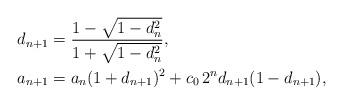
LaTeX: \begin{align*}d_{n+1} &= \frac{1-\sqrt{1-d_n^2}}{1+\sqrt{1-d_n^2}}, \\a_{n+1} &= a_n (1+d_{n+1})^2 + c_0 \, 2^n d_{n+1} (1-d_{n+1}) ,\end{align*}